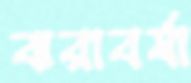
ঝরাবর্ষা